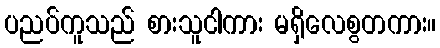
ပညပ်ကူသည် စားသူငါကား မရှိလေစွတကား။